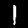
Label: 1